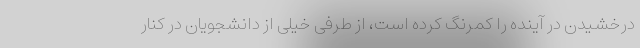
درخشیدن در آینده را کمرنگ کرده است، از طرفی خیلی از دانشجویان در کنار